Sanitation, dispensaries and jails vaccination Rajputana 1922-1927 - 1922-1927
Year: 1922
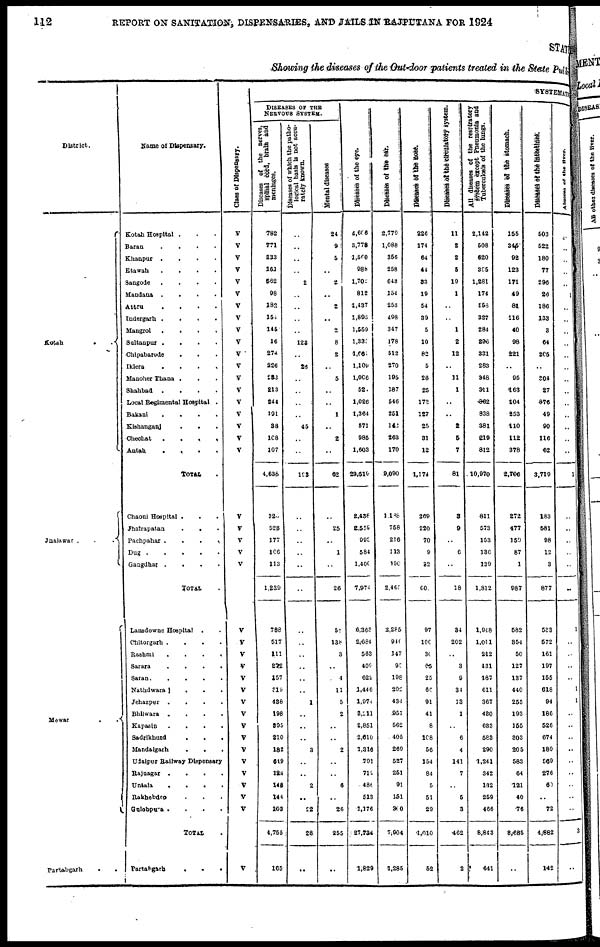
112
REPORT ON SANITATION, DISPENSARIES, AND JAILS RAJPUTANA FOR 1924
STATE
Showing the diseases of the Out-door patients treated in the State public
District.
Kotah
..
Jhalawar . . .
Mewar . .
Partabgarh ..
Name of Dispensary.
Kotah Hospital .
Baran
. . . .
Khanpur . . . .
Etawah
.
.
.
.
Sangode
. . . .
Mandana . . . .
Attru
.
.
.
.
Indergarh
.
.
.
.
Mangrol
.
.
.
.
Sultanpur .
.
.
.
Chipabarode . . .
Iklera
.
.
.
.
Manoher Thana . . .
Shahbad
.
.
.
.
Local Regimental Hospital .
Bakani
.
.
.
.
Kishanganj . . .
Chechat
.
.
.
.
Antah
.
.
.
.
TOTAL .
Chaoni Hospital . . .
Jhairapatan
.
.
.
Pachpahar
.
.
.
.
Dug
.
.
.
.
.
Gangdhar . . . .
TOTAL .
Lansdowne Hospital
. .
Chitorgarh . . . .
Rashmi
.
.
.
.
Sarara
. . . .
Saran
.
.
.
.
Nathdwara . . .
Jehazpur
.
Bhilwara
.
Kapasin
. . . .
Sadrikhurd . . . .
Mandalgarh . . .
Udaipur Railway Dispensary
Rajnagar
.
.
. .
Untala ....
Rakhebdeo ....
Gulobpura ....
TOTAL .
Partabgarh
.
.
.
Class of Dispensary.
V
V
V
V
V
V
V
V
V
V
V
V
V
V
V
V
V
V
V
V
V
V
V
V
..
V
V
V
V
V
V
V
V
V
V
V
V
V
V
V
V
V
SYSTEMATIC.
DISEASES OF THE
NERVOUS SYSTEM.
Diseases of the nerves,
spinal cord, brain and
meninges.
782
771
133
161
562
98
182
154
145
16
274
226
283
213
244
191
38
108
107
4,638
32
523
177
106
113
1,239
788
517
111
272
157
319
438
198
895
210
182
619
124
148
144
103
4,755
165
Diseases of which the patho-
logical basis is not accu-
rately known.
..
..
..
..
2
..
..
..
..
123
..
25
..
..
..
..
45
..
..
193
..
..
..
..
..
..
..
..
..
..
..
..
1
..
..
..
3
..
..
2
..
22
28
..
Mental diseases
24
9
5
..
2
..
2
..
2
8
2
..
5
..
..
1
..
2
..
62
..
25
..
1
..
26
58
138
3
..
4
11
5
2
..
..
2
..
..
6
..
26
255
..
Diseases of the eye.
4,606
3,778
l,560
988
1,702
812
1,437
1,893
1,569
1,335
1,661
1,109
1,006
52
1,026
1,364
571
985
1,603
29,519
2,438
2,559
993
584
1,400
7,974
6,363
2,684
563
409
622
1,446
1,974
3,211
2,851
2,610
1,316
791
719
486
513
1,176
27,734
1,829
Disease of the ear.
2,779
1,088
356
258
643
154
253
498
347
178
512
270
195
187
546
251
142
263
170
9,090
4,188
758
216
113
190
2,467
2,285
940
147
95
198
292
434
951
562
405
269
527
251
91
151
300
7,904
1,285
Diseases of the nose.
226
174
64
44
83
19
54
39
5
10
82
5
26
25
172
127
25
31
12
1,174
269
220
70
9
32
60
97
100
30
65
25
60
91
41
8
108
56
154
84
5
51
29
1,010
52
Diseases of the circulatory system.
11
2
2
5
19
1
..
..
1
2
12
..
11
1
..
..
2
5
7
81
3
9
..
6
..
18
34
202
..
3
9
34
13
1
..
6
4
141
7
..
5
3
462
2
All diseases of the respiratory
system except Pneumonia and
Tuberculosis of the lungs.
2,142
508
620
395
1,281
174
558
327
284
296
331
283
348
311
862
838
381
219
812
10,970
811
573
153
136
139
1,812
1,948
1,011
212
431
187
611
367
480
633
583
290
1,241
342
132
259
466
8,843
641
Diseases of the stomach.
155
345
92
123
171
49
81
116
40
98
221
..
95
163
104
253
110
112
378
2,706
272
477
150
87
1
987
582
854
50
127
137
440
255
193
155
303
205
583
64
121
40
76
3,685
..
Diseases of the intestines
503
522
180
77
296
26
186
133
3
64
205
..
304
27
876
49
90
116
62
3,719
183
581
98
12
3
877
533
572
161
197
155
618
94
186
526
674
189
569
276
60
..
72
4,882
142
Abecess
of the lever.
..
..
..
..
..
1
..
..
..
..
..
..
..
..
..
..
..
..
..
1
..
..
..
..
..
..
1
..
..
..
..
1
1
..
..
..
..
..
..
..
..
..
3
..